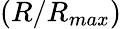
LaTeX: (R/R_{max})